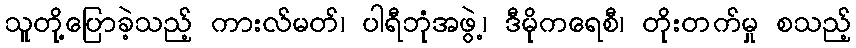
သူတို့ပြောခဲ့သည့် ကားလ်မတ်၊ ပါရီဘုံအဖွဲ့၊ ဒီမိုကရေစီ၊ တိုးတက်မှု စသည့်